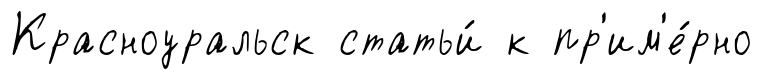
Красноуральск статьи́ к пр'им'е́рно